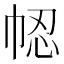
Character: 𢂻